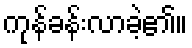
ကုန်ခန်းလာခဲ့၏။